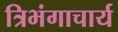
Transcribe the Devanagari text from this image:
त्रिभंगाचार्य